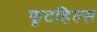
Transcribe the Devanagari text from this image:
फूटहिल्स